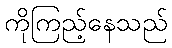
ကိုကြည့်နေသည်